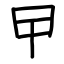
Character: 曱